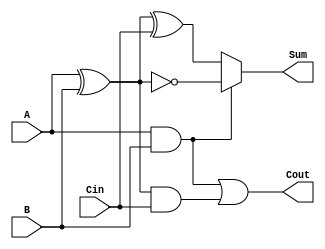
module ConditionalSumFullAdder (
    input  wire A,     // First significant bit
    input  wire B,     // Second significant bit
    input  wire Cin,   // Carry input from the previous less significant stage
    output wire Sum,   // Resulting sum output
    output wire Cout   // Resulting carry output
);

    // Internal wire declarations for carry generation
    wire C1;           // Carry from A and B
    wire C2;           // Carry from (A XOR B) and Cin
    wire S1;           // Sum when C1 is true
    wire S2;           // Sum when C1 is false

    // Carry generation logic
    assign C1 = A & B;                  // C1 = A AND B
    assign C2 = (A ^ B) & Cin;          // C2 = (A XOR B) AND Cin

    // Overall carry output
    assign Cout = C1 | C2;              // Cout = C1 OR C2

    // Sum Calculation
    assign S1 = (A ^ B) ^ 1;            // Sum if C1 is true (effectively A XNOR B)
    assign S2 = (A ^ B) ^ Cin;          // Sum if C1 is false

    // Mux to select the appropriate sum based on C1
    assign Sum = C1 ? S1 : S2;          // Select S1 if C1 is true, otherwise select S2

endmodule